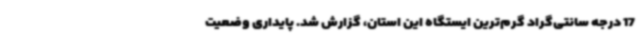
17 درجه سانتی‌گراد گرم‌ترین ایستگاه این استان، گزارش شد. پایداری وضعیت